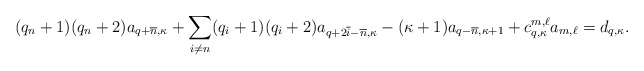
\begin{align*}(q_n +1) (q_n +2) a_{q+ \overline{n}, \kappa} + \sum_{i \neq n} (q_i + 1) (q_i + 2) a_{q+ 2 \overline{i} - \overline{n}, \kappa} - (\kappa+1) a_{q- \overline{n}, \kappa+1} + c^{m,\ell} _{q,\kappa}a_{m,\ell}= d_{q,\kappa}.\end{align*}